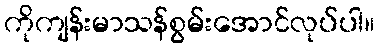
ကိုကျန်းမာသန်စွမ်းအောင်လုပ်ပါ။